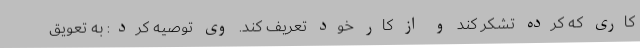
کاری که کرده تشکر کند و از کار خود تعریف کند. وی توصیه کرد: به تعویق